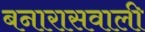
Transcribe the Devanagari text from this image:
बनारासवाली